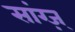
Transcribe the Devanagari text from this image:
सांग्ज़्‌